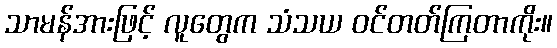
သာမန်အားဖြင့် လူတွေက သံသယ ဝင်တတ်ကြတာကိုး။